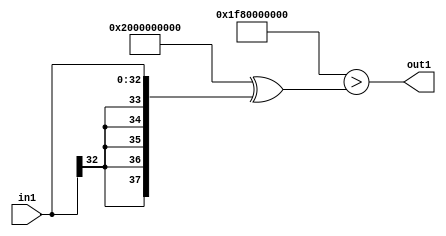
`timescale 1ps / 1ps
/*****************************************************************************
    Verilog RTL Description
    
    
    Created by: Stratus DpOpt 2019.1.01 
*******************************************************************************/

module avg_pool_LtnLLs33_1 (
	in1,
	out1
	); /* architecture "behavioural" */ 
input [32:0] in1;
output  out1;
wire  asc001;

assign asc001 = ((38'B10000000000000000000000000000000000000 ^ 38'B11111110000000000000000000000000000000)>(38'B10000000000000000000000000000000000000
    ^ {{5{in1[32]}}, in1}));

assign out1 = asc001;
endmodule

/* CADENCE  uLL5TgE= : u9/ySgnWtBlWxVPRXgAZ4Og= ** DO NOT EDIT THIS LINE ******/